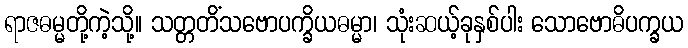
ရာဇဓမ္မတို့ကဲ့သို့။ သတ္တတိံသဗောပက္ခိယဓမ္မာ၊ သုံးဆယ့်ခုနှစ်ပါး သောဗောဓိပက္ခယ